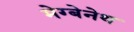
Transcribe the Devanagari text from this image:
मेग्बेनेथ